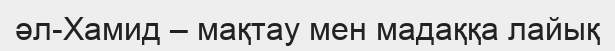
әл-Хамид – мақтау мен мадаққа лайық